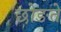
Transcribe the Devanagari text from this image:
छोङते